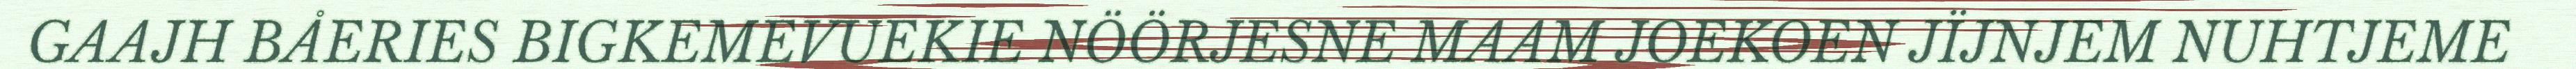
GAAJH BÅERIES BIGKEMEVUEKIE NÖÖRJESNE MAAM JOEKOEN JÏJNJEM NUHTJEME